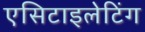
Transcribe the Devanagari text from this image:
एसिटाइलेटिंग